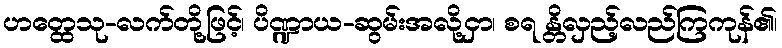
ဟတ္ထေသု-လက်တို့ဖြင့်၊ ပိဏ္ဍာယ-ဆွမ်းအလို့ငှာ၊ စရ န္တိလှည့်လည်ကြကုန်၏၊